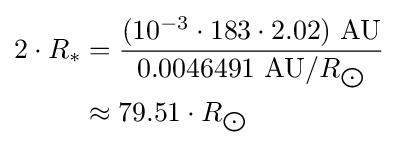
{\begin{aligned}2\cdot R_{*}&={\frac {(10^{-3}\cdot 183\cdot 2.02)\ {\text{AU}}}{0.0046491\ {\text{AU}}/R_{\bigodot }}}\\&\approx 79.51\cdot R_{\bigodot }\end{aligned}}